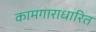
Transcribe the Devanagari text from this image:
कामगाराधारित